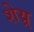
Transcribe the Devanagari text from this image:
शेय्र्र